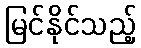
မြင်နိုင်သည့်